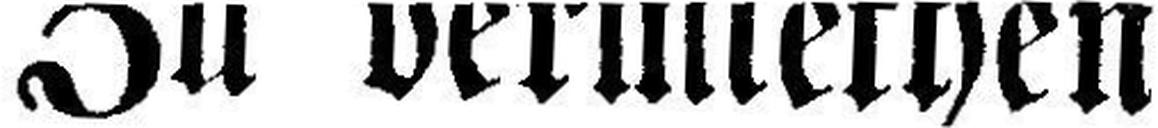
Zu vermiethen